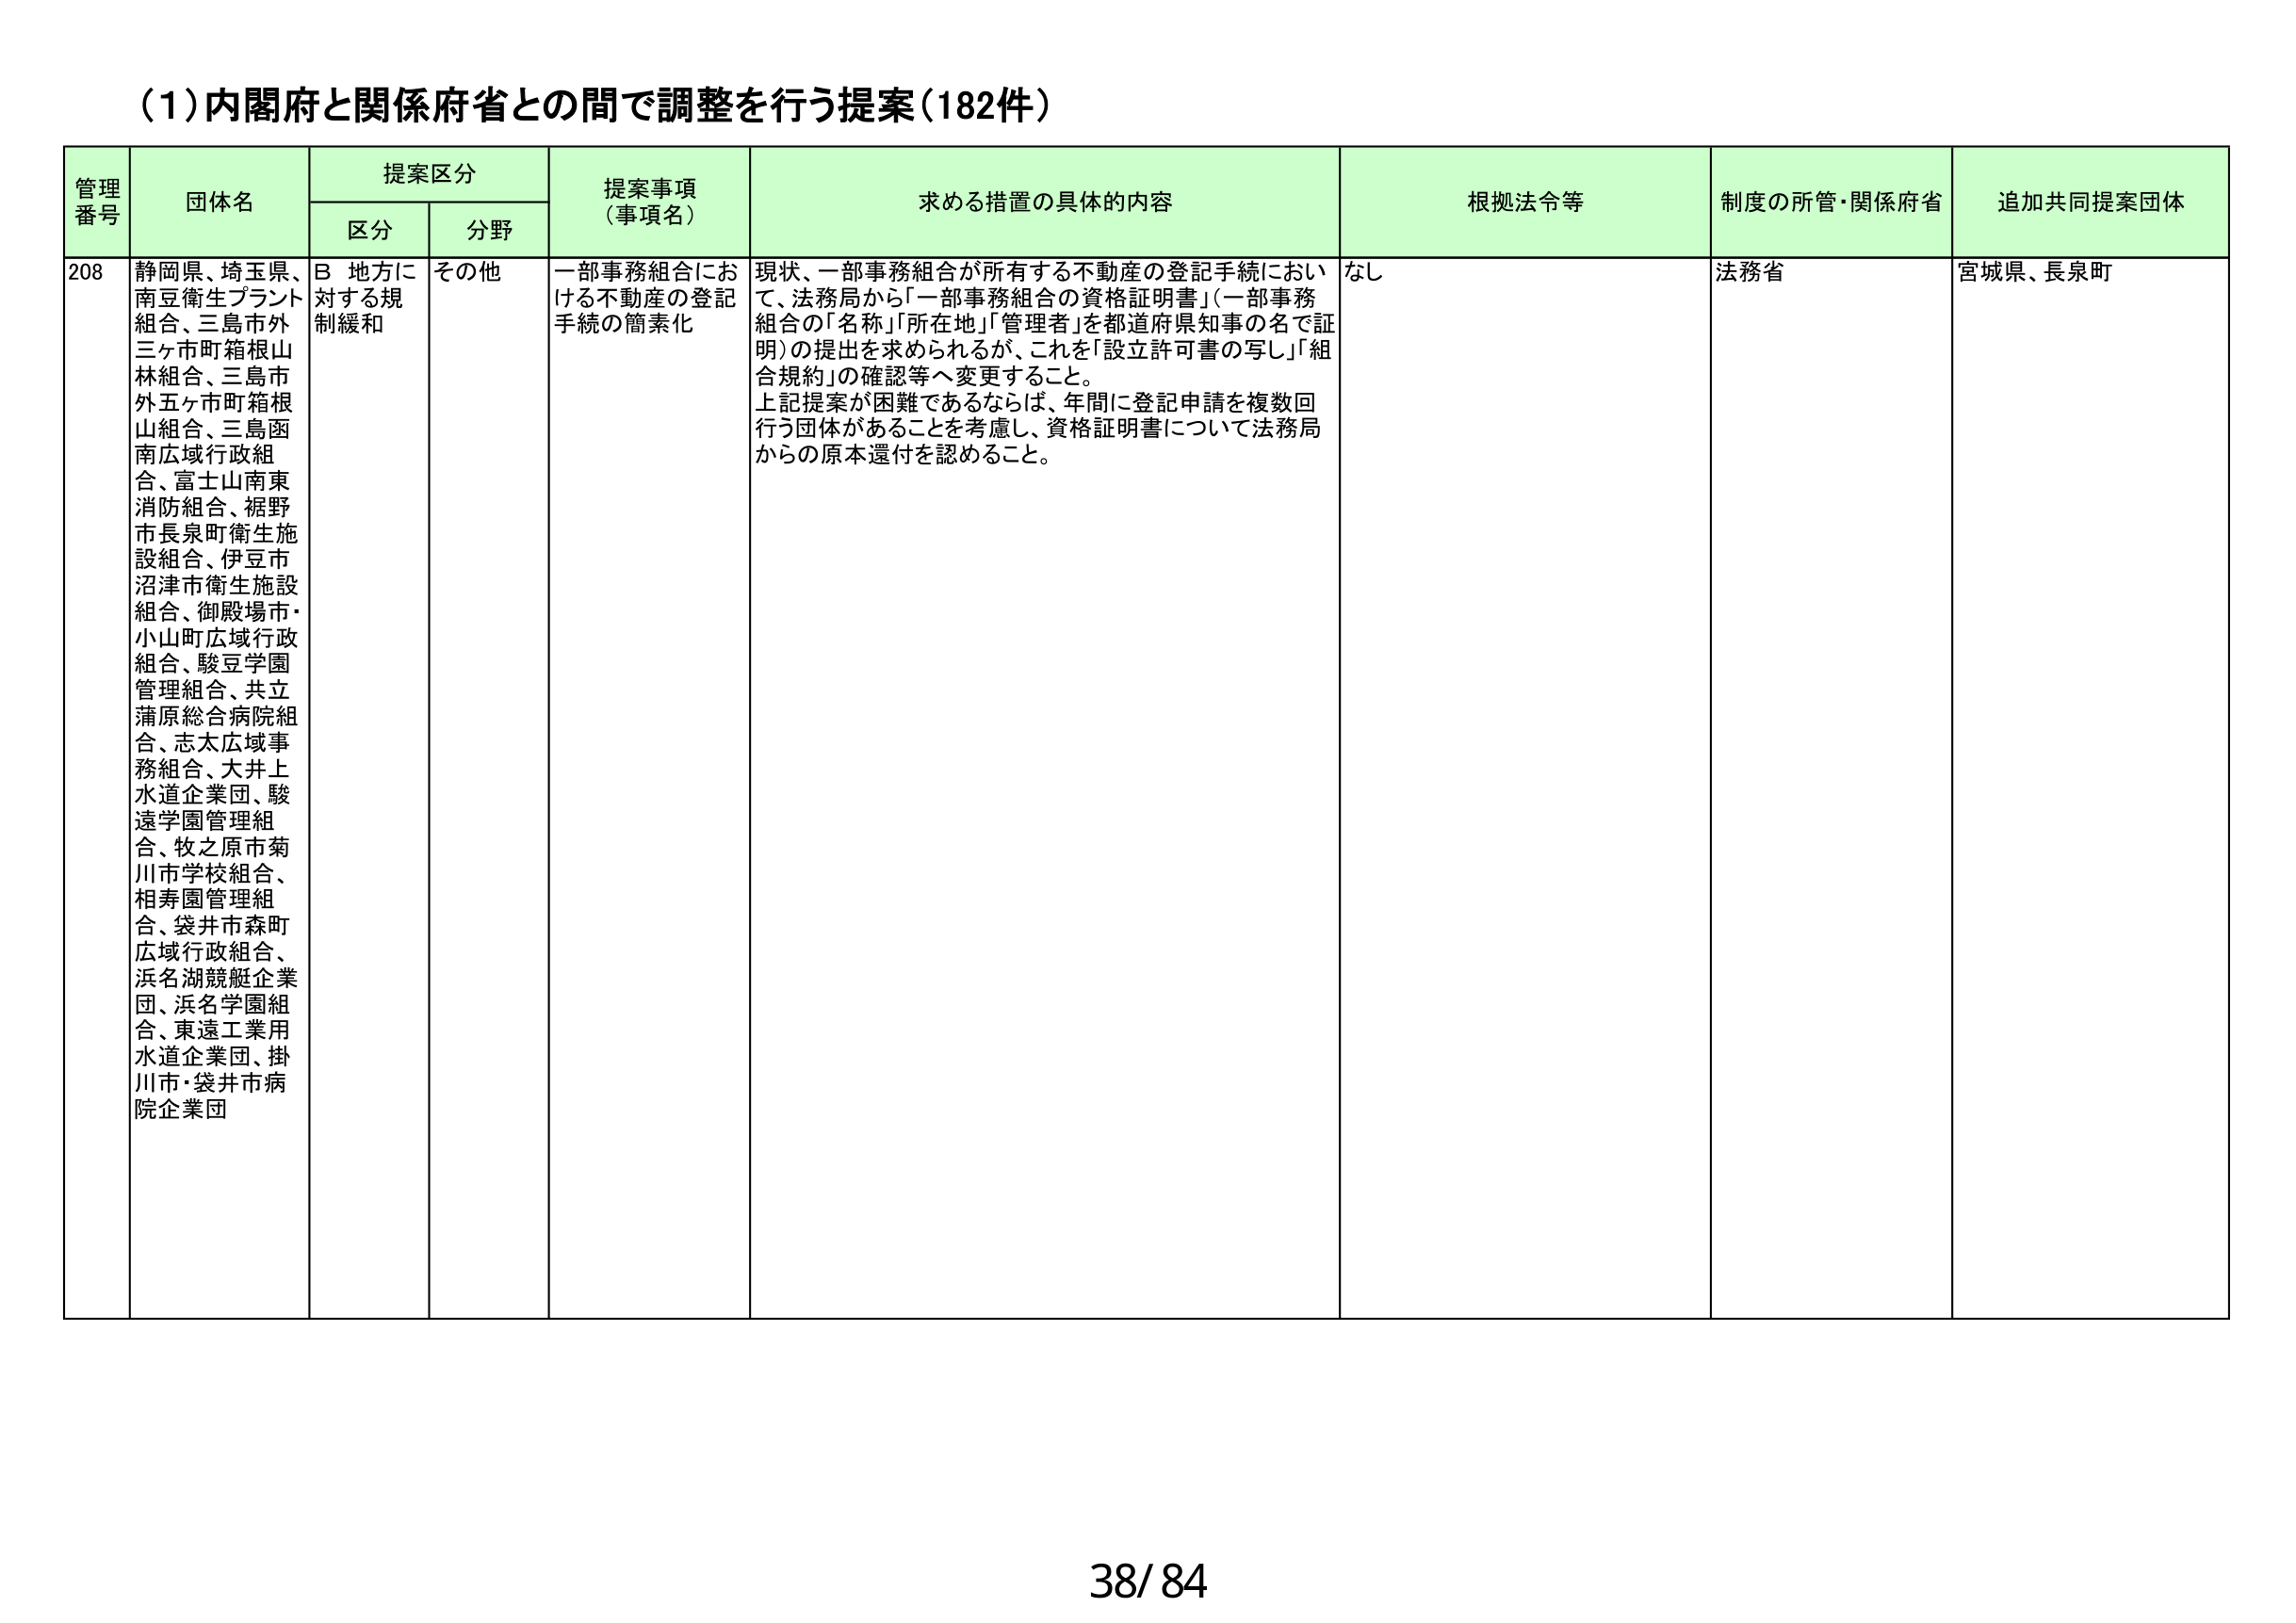
(1)内閣府と関係府省との間で調整を行う提案(182件)

管理番号 団体名 提案区分 提案事項（事項名） 求める措置の具体的な内容 根拠法令等 制度の所管・関係府省 追加共同提案団体
区分 分野

208 静岡県、埼玉県、南豆衛生プラント組合、三島市外三ヶ市町箱根山林組合、三島市外五ヶ市町箱根山組合、三島函南広域行政組合、富士山南東消防組合、裾野市長泉町衛生施設組合、伊豆市沼津市衛生施設組合、御殿場市・小山町広域行政組合、駿豆学園管理組合、共立蒲原総合病院組合、志太広域事務組合、大井上水道企業団、駿遠学園管理組合、牧之原市菊川市学校組合、相寿園管理組合、袋井市森町広域行政組合、浜名湖競艇企業団、浜名学園組合、東遠工業用水道企業団、掛川市・袋井市病院企業団 B 地方に対する規制緩和 その他 一部事務組合における不動産の登記手続の簡素化 現状、一部事務組合が所有する不動産の登記手続において、法務局から「一部事務組合の資格証明書」（一部事務組合の「名称」「所在地」「管理者」を都道府県知事の名で証明）の提出を求められるが、これを「設立許可書の写し」「組合規約」の確認等へ変更すること。上記提案が困難であるならば、年間に登記申請を複数回行う団体があることを考慮し、資格証明書について法務局からの原本還付を認めること。 なし 法務省 宮城県、長泉町

38/84